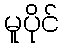
မူပိုင်